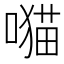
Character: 𫫯